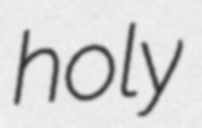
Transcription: holy